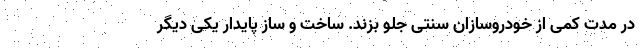
در مدت کمی از خودروسازان سنتی جلو بزند. ساخت و ساز پایدار یکی دیگر